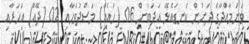
ވަނަމާއްދާގެ ދަށުން ކަނޑައެޅޭ އަދަބަށް 06 (ހައެއް) މަސްދުވަހާއި 02 (ދޭއް) އަހަރާއި